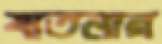
যাতনার